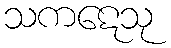
သကဋေသု